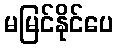
မမြင်နိုင်ပေ